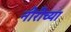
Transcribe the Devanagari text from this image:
नीरीच्या